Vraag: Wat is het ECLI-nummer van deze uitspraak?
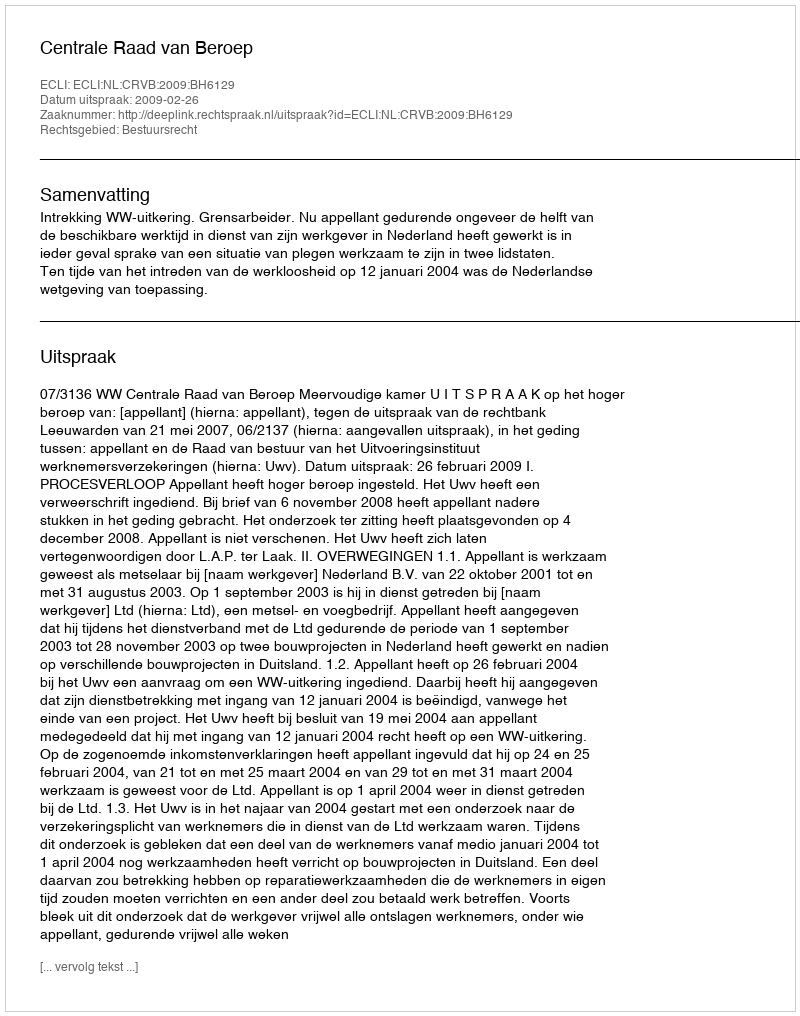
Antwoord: ECLI:NL:CRVB:2009:BH6129